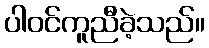
ပါဝင်ကူညီခဲ့သည်။